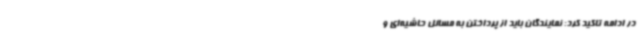
در ادامه تاکید کرد: نمایندگان باید از پرداختن به مسائل حاشیه‌ای و